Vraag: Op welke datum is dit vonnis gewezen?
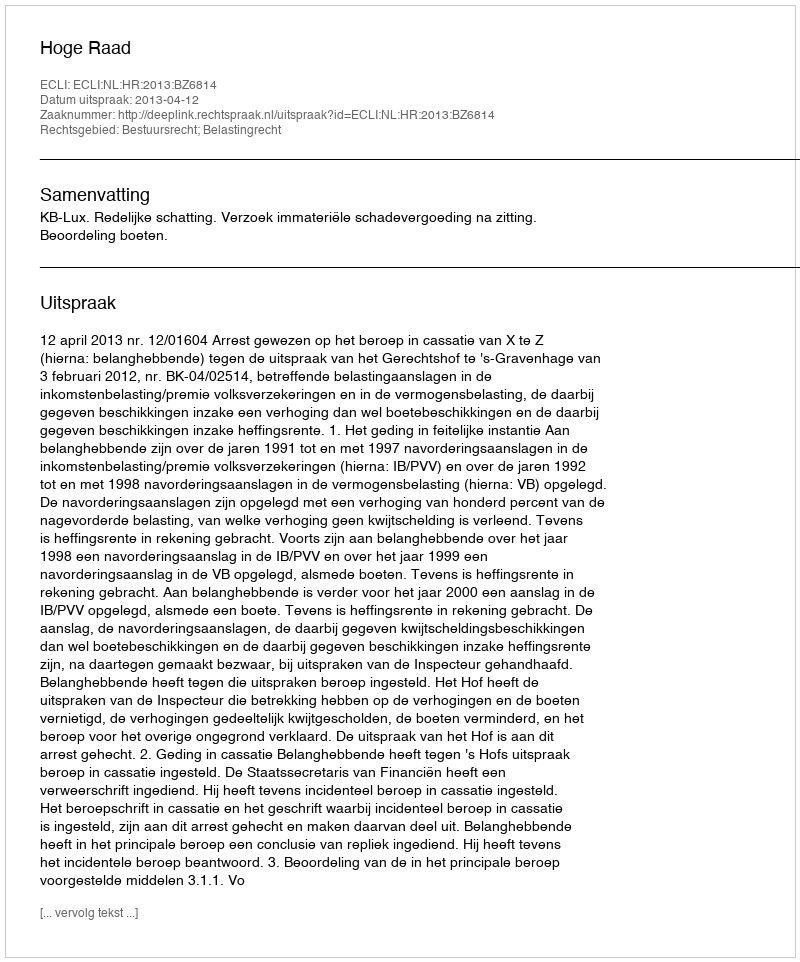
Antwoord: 2013-04-12